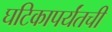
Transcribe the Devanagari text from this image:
घटिकापर्यंतची